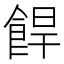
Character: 𩛧